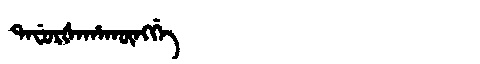
Manchu: ᡨᠠᠸᡠᡵᡧᠠᡥᠠᡴᡡᠩᡤᡝ
Romanization: TAFURŠAHAKŪNGGE